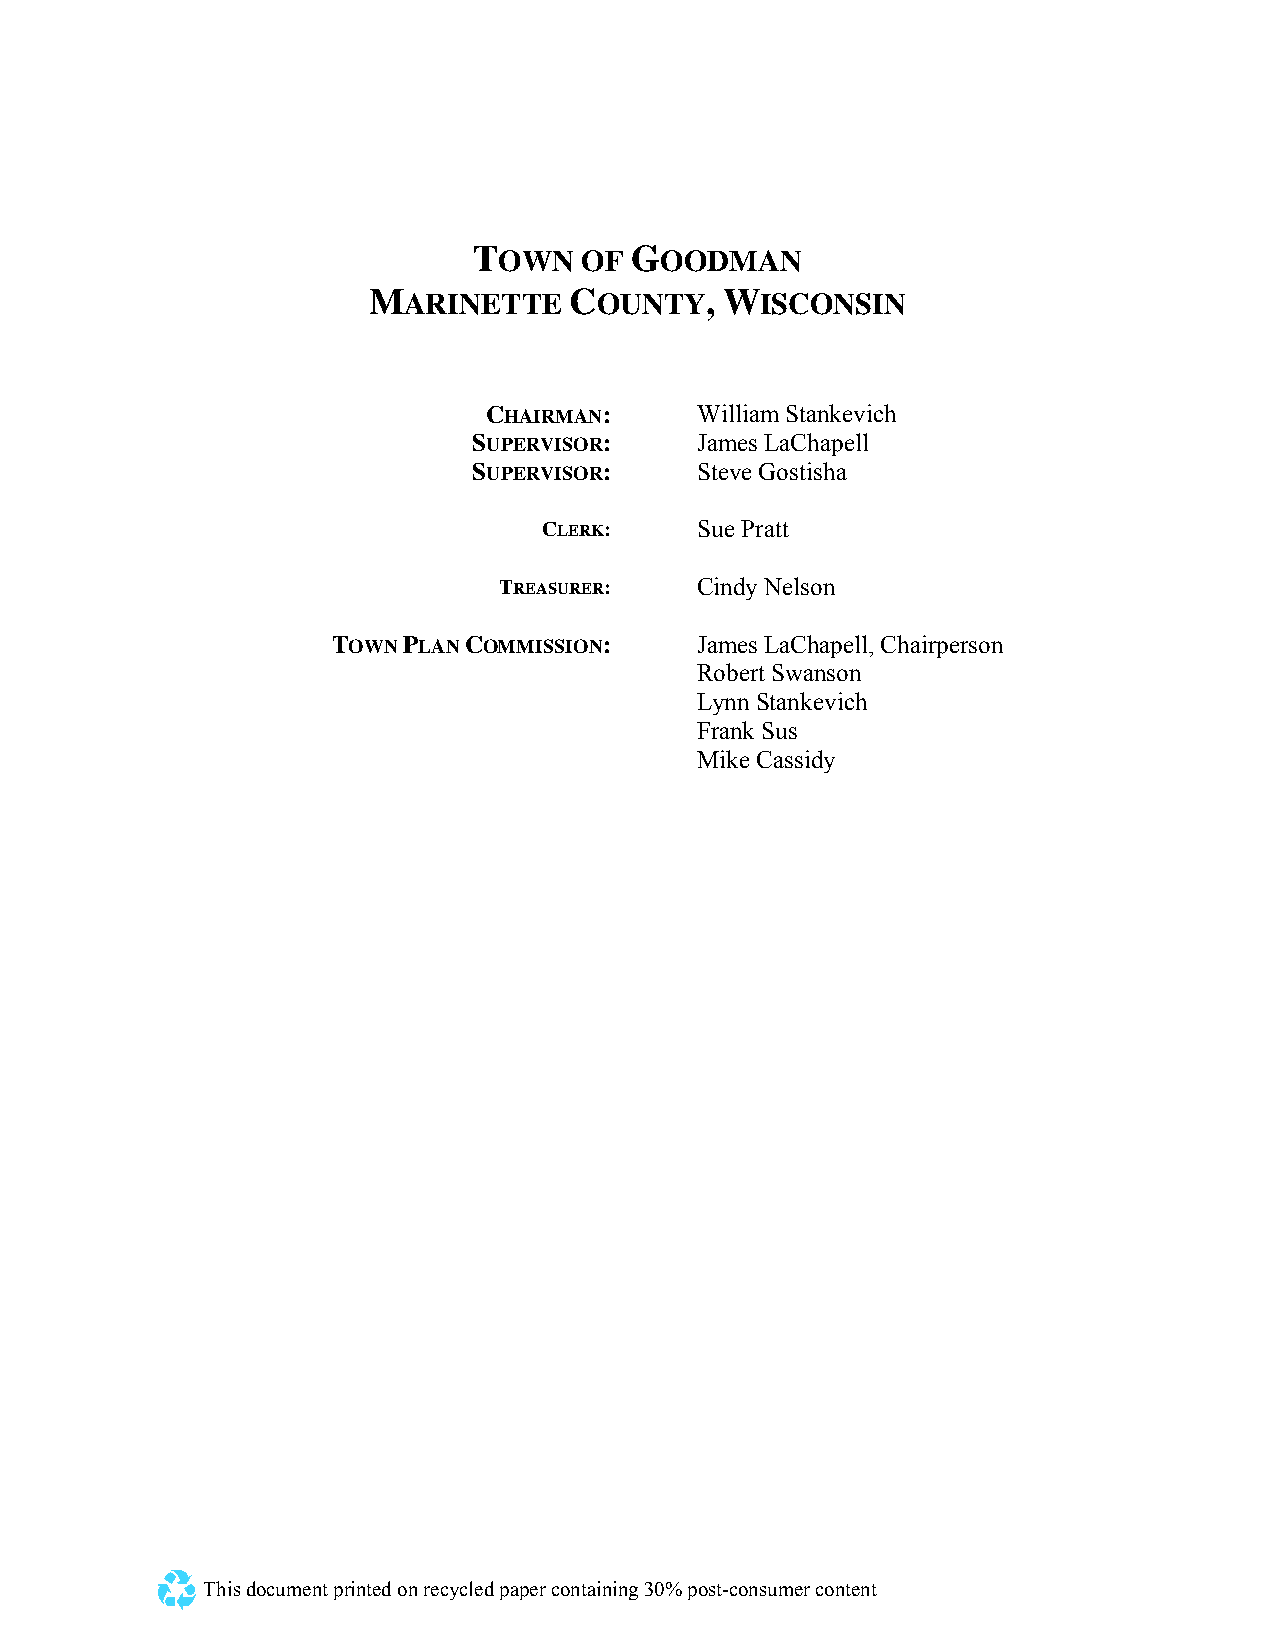
TOWN    OF GOODMAN
 MARINETTE     COUNTY,   WISCONSIN
 CHAIRMAN:     William Stankevich
 SUPERVISOR:    James LaChapell
 SUPERVISOR:    Steve Gostisha
 CLERK:    Sue Pratt
 TREASURER:   Cindy Nelson
 TOWN PLAN COMMISSION:   James LaChapell, Chairperson
 Robert Swanson
 Lynn Stankevich
 Frank Sus
 Mike Cassidy
 This document printed on recycled paper containing 30% post-consumer content